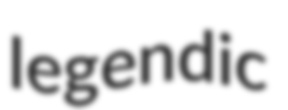
legendic